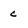
Character: c